Document type: Sale
Year: 1423
Scribe: Joan Franc
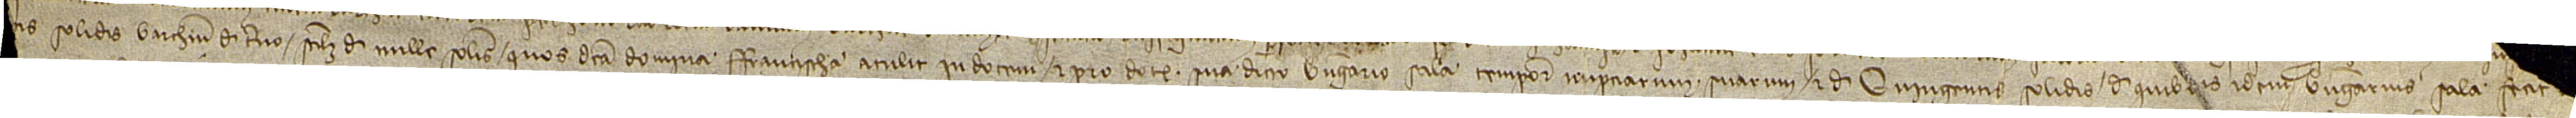
[...] [mille quingent]is solidis Barchinone de terno, scilicet, de mille solidis quos dicta domina Francischa atulit in dotem et pro dote sua dicto Berengario Sala tempore nupciarum suarum, et de quingentis solidis, de quibus idem Berengarius Sala fecit [...] [...]